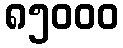
၈၅၀၀၀